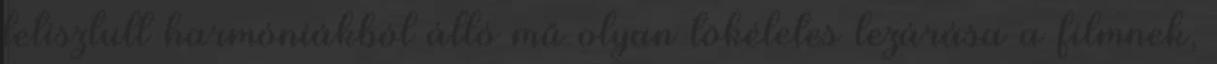
letisztult harmóniákból álló mű olyan tökéletes lezárása a filmnek,